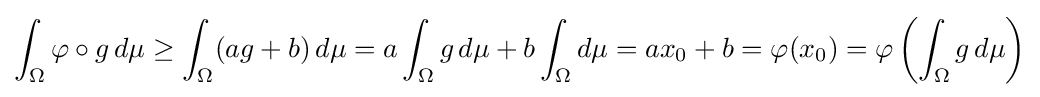
\int _{\Omega }\varphi \circ g\,d\mu \geq \int _{\Omega }(ag+b)\,d\mu =a\int _{\Omega }g\,d\mu +b\int _{\Omega }d\mu =ax_{0}+b=\varphi (x_{0})=\varphi \left(\int _{\Omega }g\,d\mu \right)